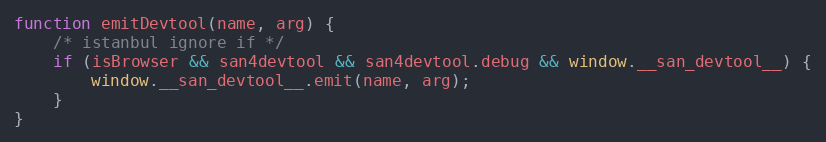
Language: JavaScript
function emitDevtool(name, arg) {
    /* istanbul ignore if */
    if (isBrowser && san4devtool && san4devtool.debug && window.__san_devtool__) {
        window.__san_devtool__.emit(name, arg);
    }
}